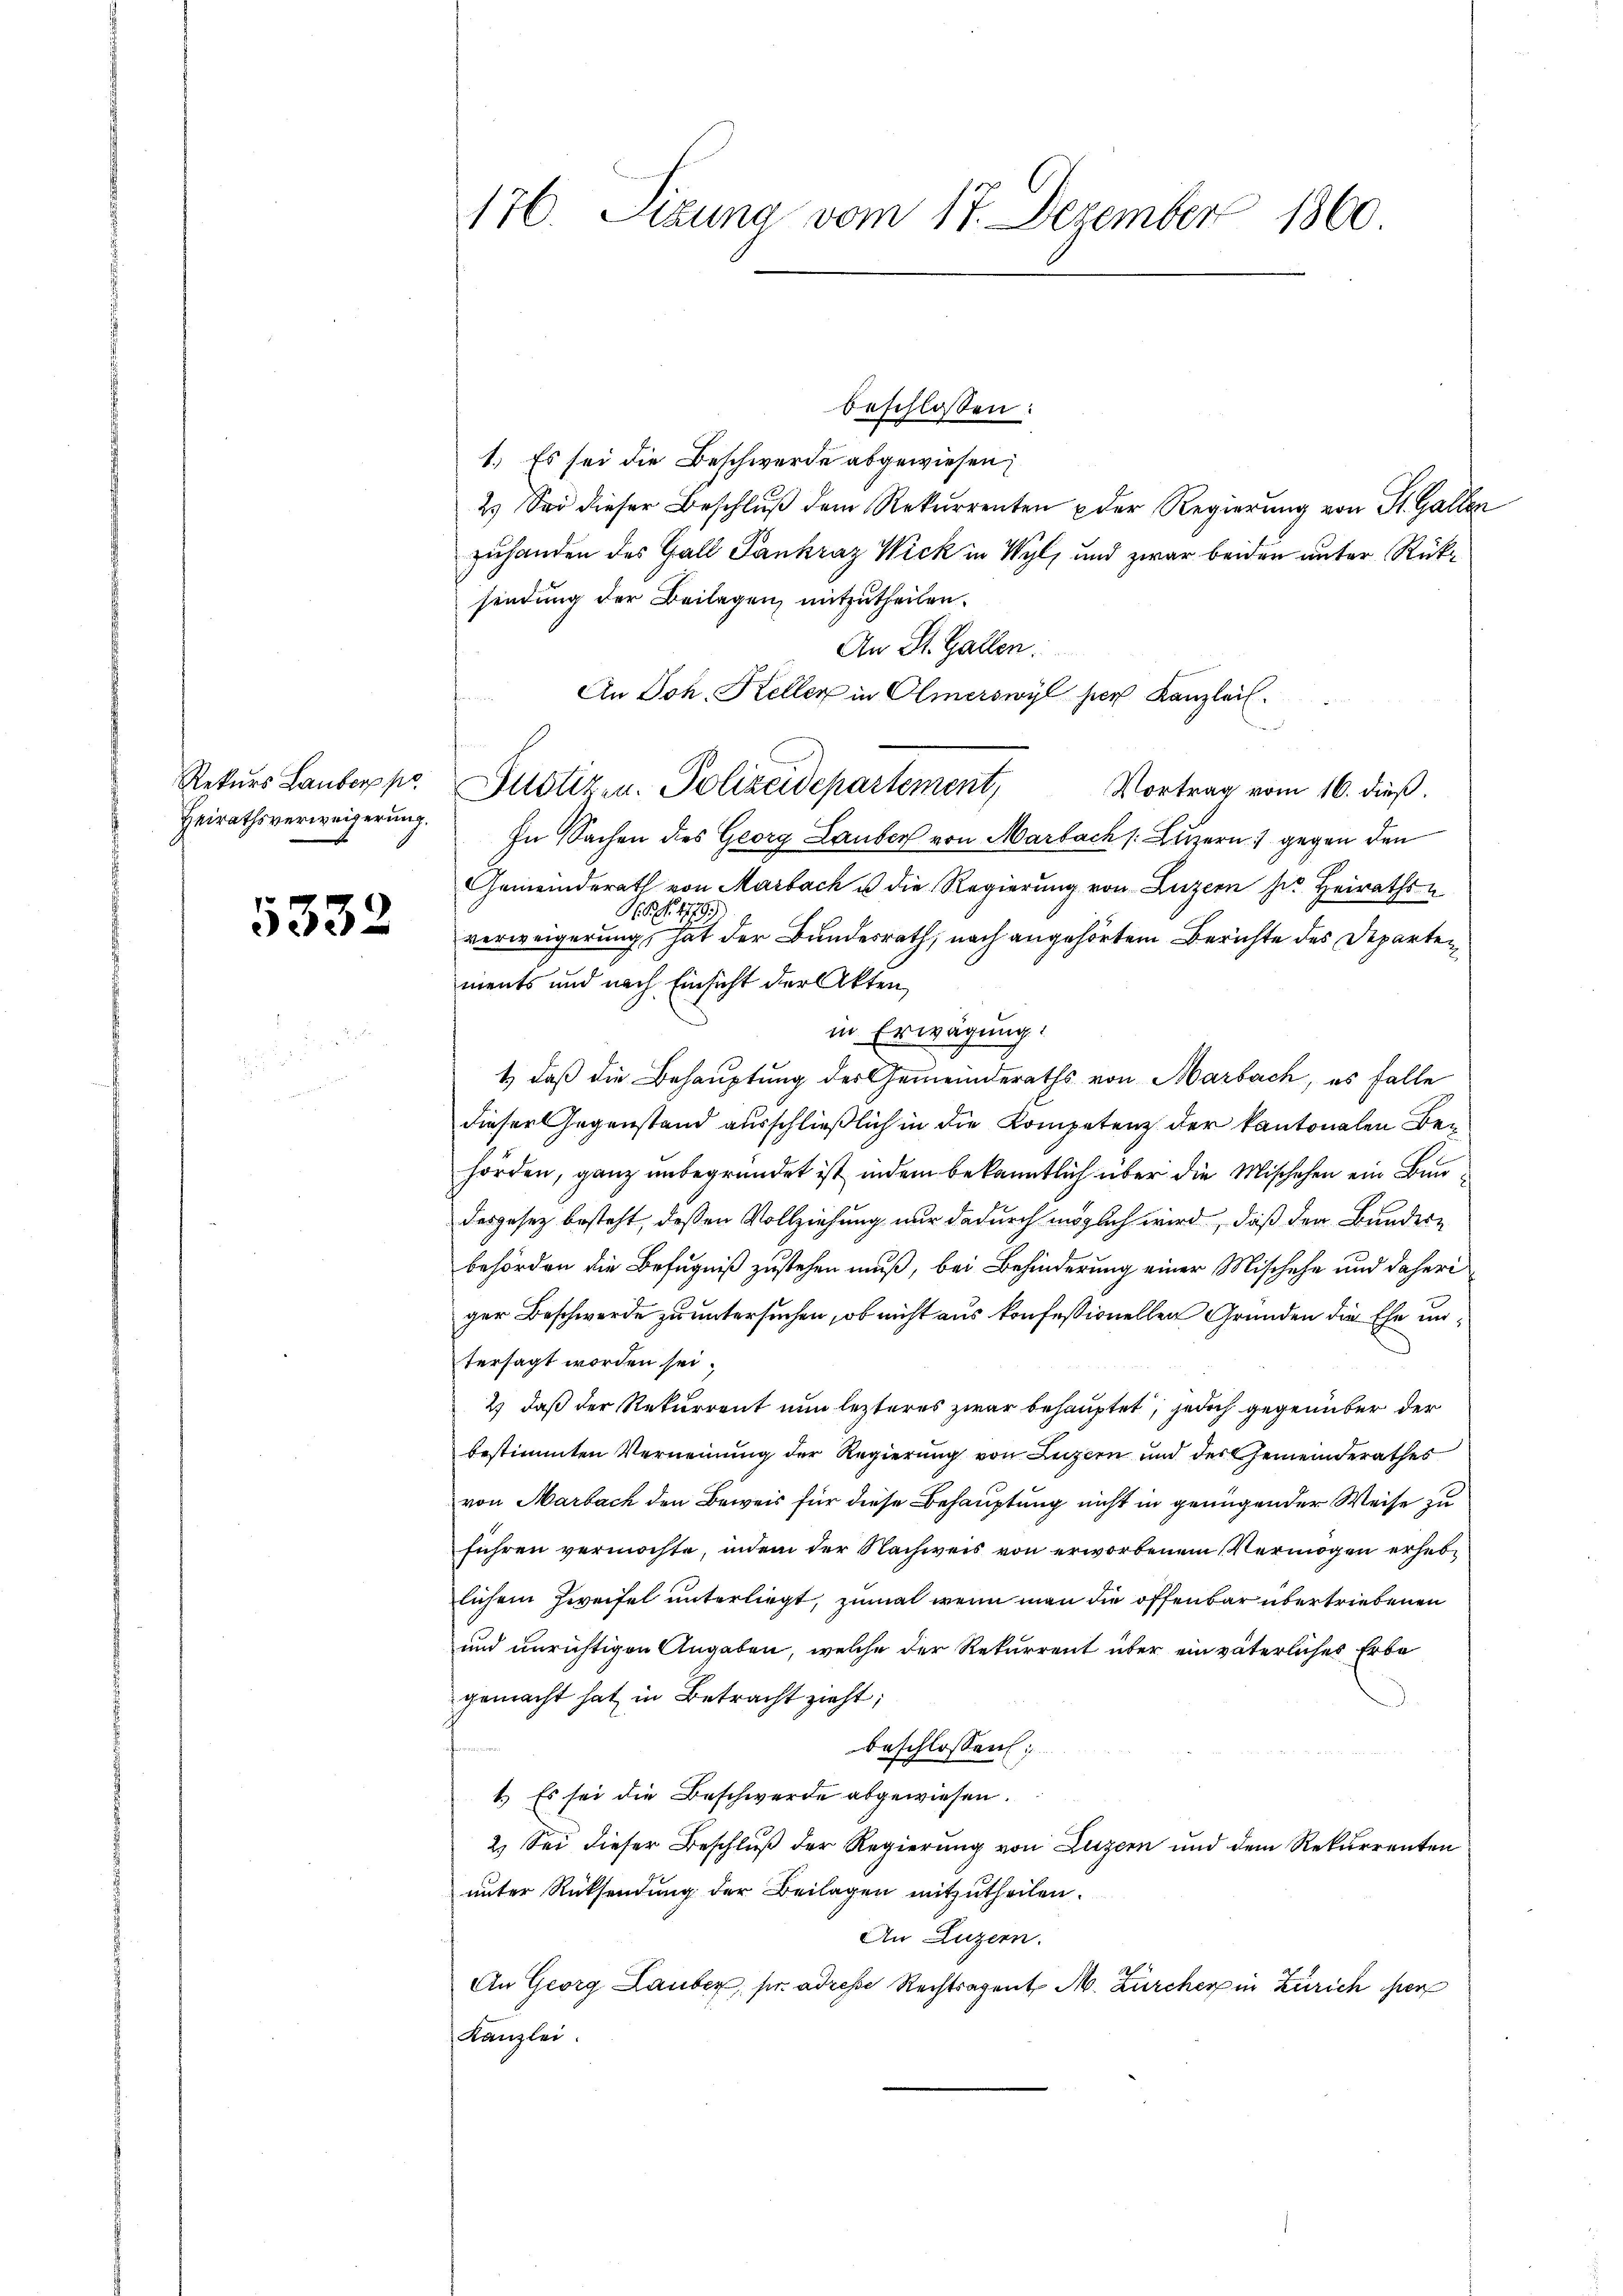
Rekurs Lauber po
Heirathsverweigerung.

5332

176. Sitzung vom 17. Dezember 1860

1.) Es sei die Beschwerde abgewiesen,
2.) Sei dieser Beschluß dem Rekurrenten der Regierung von St. Gallen
zuhanden des Gall Pankraz Wick in Wyl, und zwar beiden unter Rücksendung der Beilagen, mitzutheilen.
An St. Gallen.
An Joh. Keller in Olmerswyl hier Kanzleil
n
In Sachen des Georg Lauben von Marbach Luzern gegen den
Gemeinderath von Marbach u die Regierung von Luzern der Heiraths-
P.P. Nr. 477.
a
verweigerung, hat der Bundesrath, nach angehörtem Berichte des Departen
ments und nach Einsicht der Akten,
in Erwägung.
1) daß die Behauptung der Gemeinderaths von Marbach, es falle
dieser Gegenstand ausschließlich in die Kompetenz der kantonalen Behörden, ganz unbegründet ist, indem bekanntlich über die Mischehen ein Bundesgesez besteht, deßen Vollziehung nur dadurch möglich wird, daß der Bundes-
behörden die Befugniß zustehen muß, bei Behinderung einer Mischehe und daheri
ger Beschwerde zu untersuchen, ob nicht aus konfessionellen Gründen die Ehe untersagt worden sei.
2) daß der Rekurrent nun lezteres zwar behauptet, jedoch gegenüber der
bestimmten Vernennung der Regierung von Luzern und der Gemeinderathes
von Marbach den Beweis für diese Behauptung nicht in genügender Weise zu
führen vermöchte, indem der Nachweis von erworbenem Vermögen erheblichem Zweifel unterliegt, zumal wenn man die offenbar übertriebenen
und unrichtigen Angaben, welche der Rekurrent über ein väterliches Erbe
gemacht hat in Betracht zieht;
beschlossen:
1.) Es sei die Beschwerde abgewiesen.
2.) Sei dieser Beschluß der Regierung von Luzern und dem Rekurrenten
unter Rücksendung der Beilagen mitzutheilen.
An Luzern.
An Georg Lauber, pr adresse Rechtsagent M. Zürcher in Zürich per
Kanzlei

beschlossen:

Justiz- u. Polizeidepartement, Vortrag vom 16. dieß.